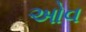
ઓવ